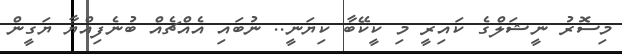
މިސޮރު ނީޝަލްގެ ކައިރީ މި ކީކޭބާ ކިޔަނީ.. ނުބައި އެއްޗެއް ބުނެފިއްޔާ ޔަގީން